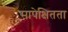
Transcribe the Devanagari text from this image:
सापेक्षितता